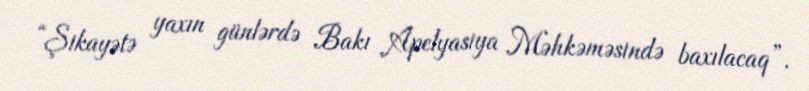
“Şikayətə yaxın günlərdə Bakı Apelyasiya Məhkəməsində baxılacaq”.